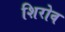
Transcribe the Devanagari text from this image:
शिरोव